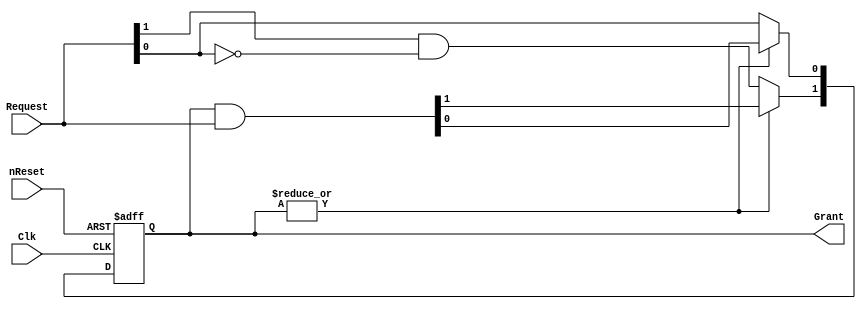
//==============================================================================
// Copyright (C) John-Philip Taylor
// jpt13653903@gmail.com
//
// This file is part of a library
//
// This file is free software: you can redistribute it and/or modify
// it under the terms of the GNU General Public License as published by
// the Free Software Foundation, either version 3 of the License, or
// (at your option) any later version.
// 
// This program is distributed in the hope that it will be useful,
// but WITHOUT ANY WARRANTY; without even the implied warranty of
// MERCHANTABILITY or FITNESS FOR A PARTICULAR PURPOSE.  See the
// GNU General Public License for more details.
// 
// You should have received a copy of the GNU General Public License
// along with this program.  If not, see <http://www.gnu.org/licenses/>
//==============================================================================

module Mutex #(
  parameter n = 2
)(
  input             nReset,
  input             Clk,
 
  input      [n-1:0]Request, // index 0 has highest priority
  output reg [n-1:0]Grant
);
//------------------------------------------------------------------------------

  integer j;
  integer q;
//------------------------------------------------------------------------------

  always @(negedge nReset, posedge Clk) begin
    if(!nReset) begin
      Grant <= 0;
//------------------------------------------------------------------------------

    end else begin
      if(|Grant) begin
        Grant <= Grant & Request;
//------------------------------------------------------------------------------
    
      end else begin
        for(j = 0; j < n; j = j + 1) begin
          Grant[j] = Request[j];
          for(q = 0; q < j; q = q + 1) begin
            Grant[j] = Grant[j] & (~Request[q]);
          end
        end
      end
    end
  end
endmodule
//------------------------------------------------------------------------------